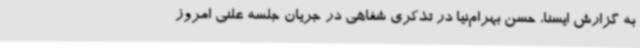
به گزارش ایسنا، حسن بهرام‌نیا در تذکری شفاهی در جریان جلسه علنی امروز